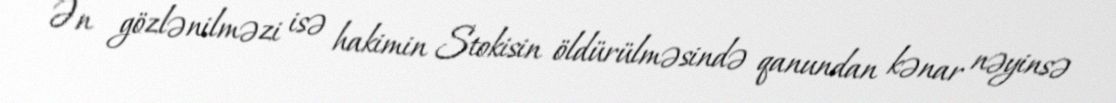
Ən gözlənilməzi isə hakimin Stokisin öldürülməsində qanundan kənar nəyinsə